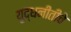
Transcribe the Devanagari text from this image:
युद्धनीतीचे